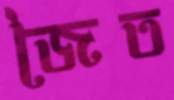
জৈত